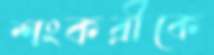
শংকরীকে